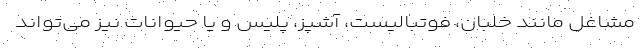
مشاغل مانند خلبان، فوتبالیست، آشپز، پلیس و یا حیوانات نیز می‌تواند